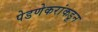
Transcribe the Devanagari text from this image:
पेडणेकरांकडून